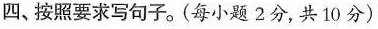
四、按照要求写句子.(每小题 2分,共10分)